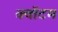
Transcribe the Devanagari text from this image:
क्‍वॉटम